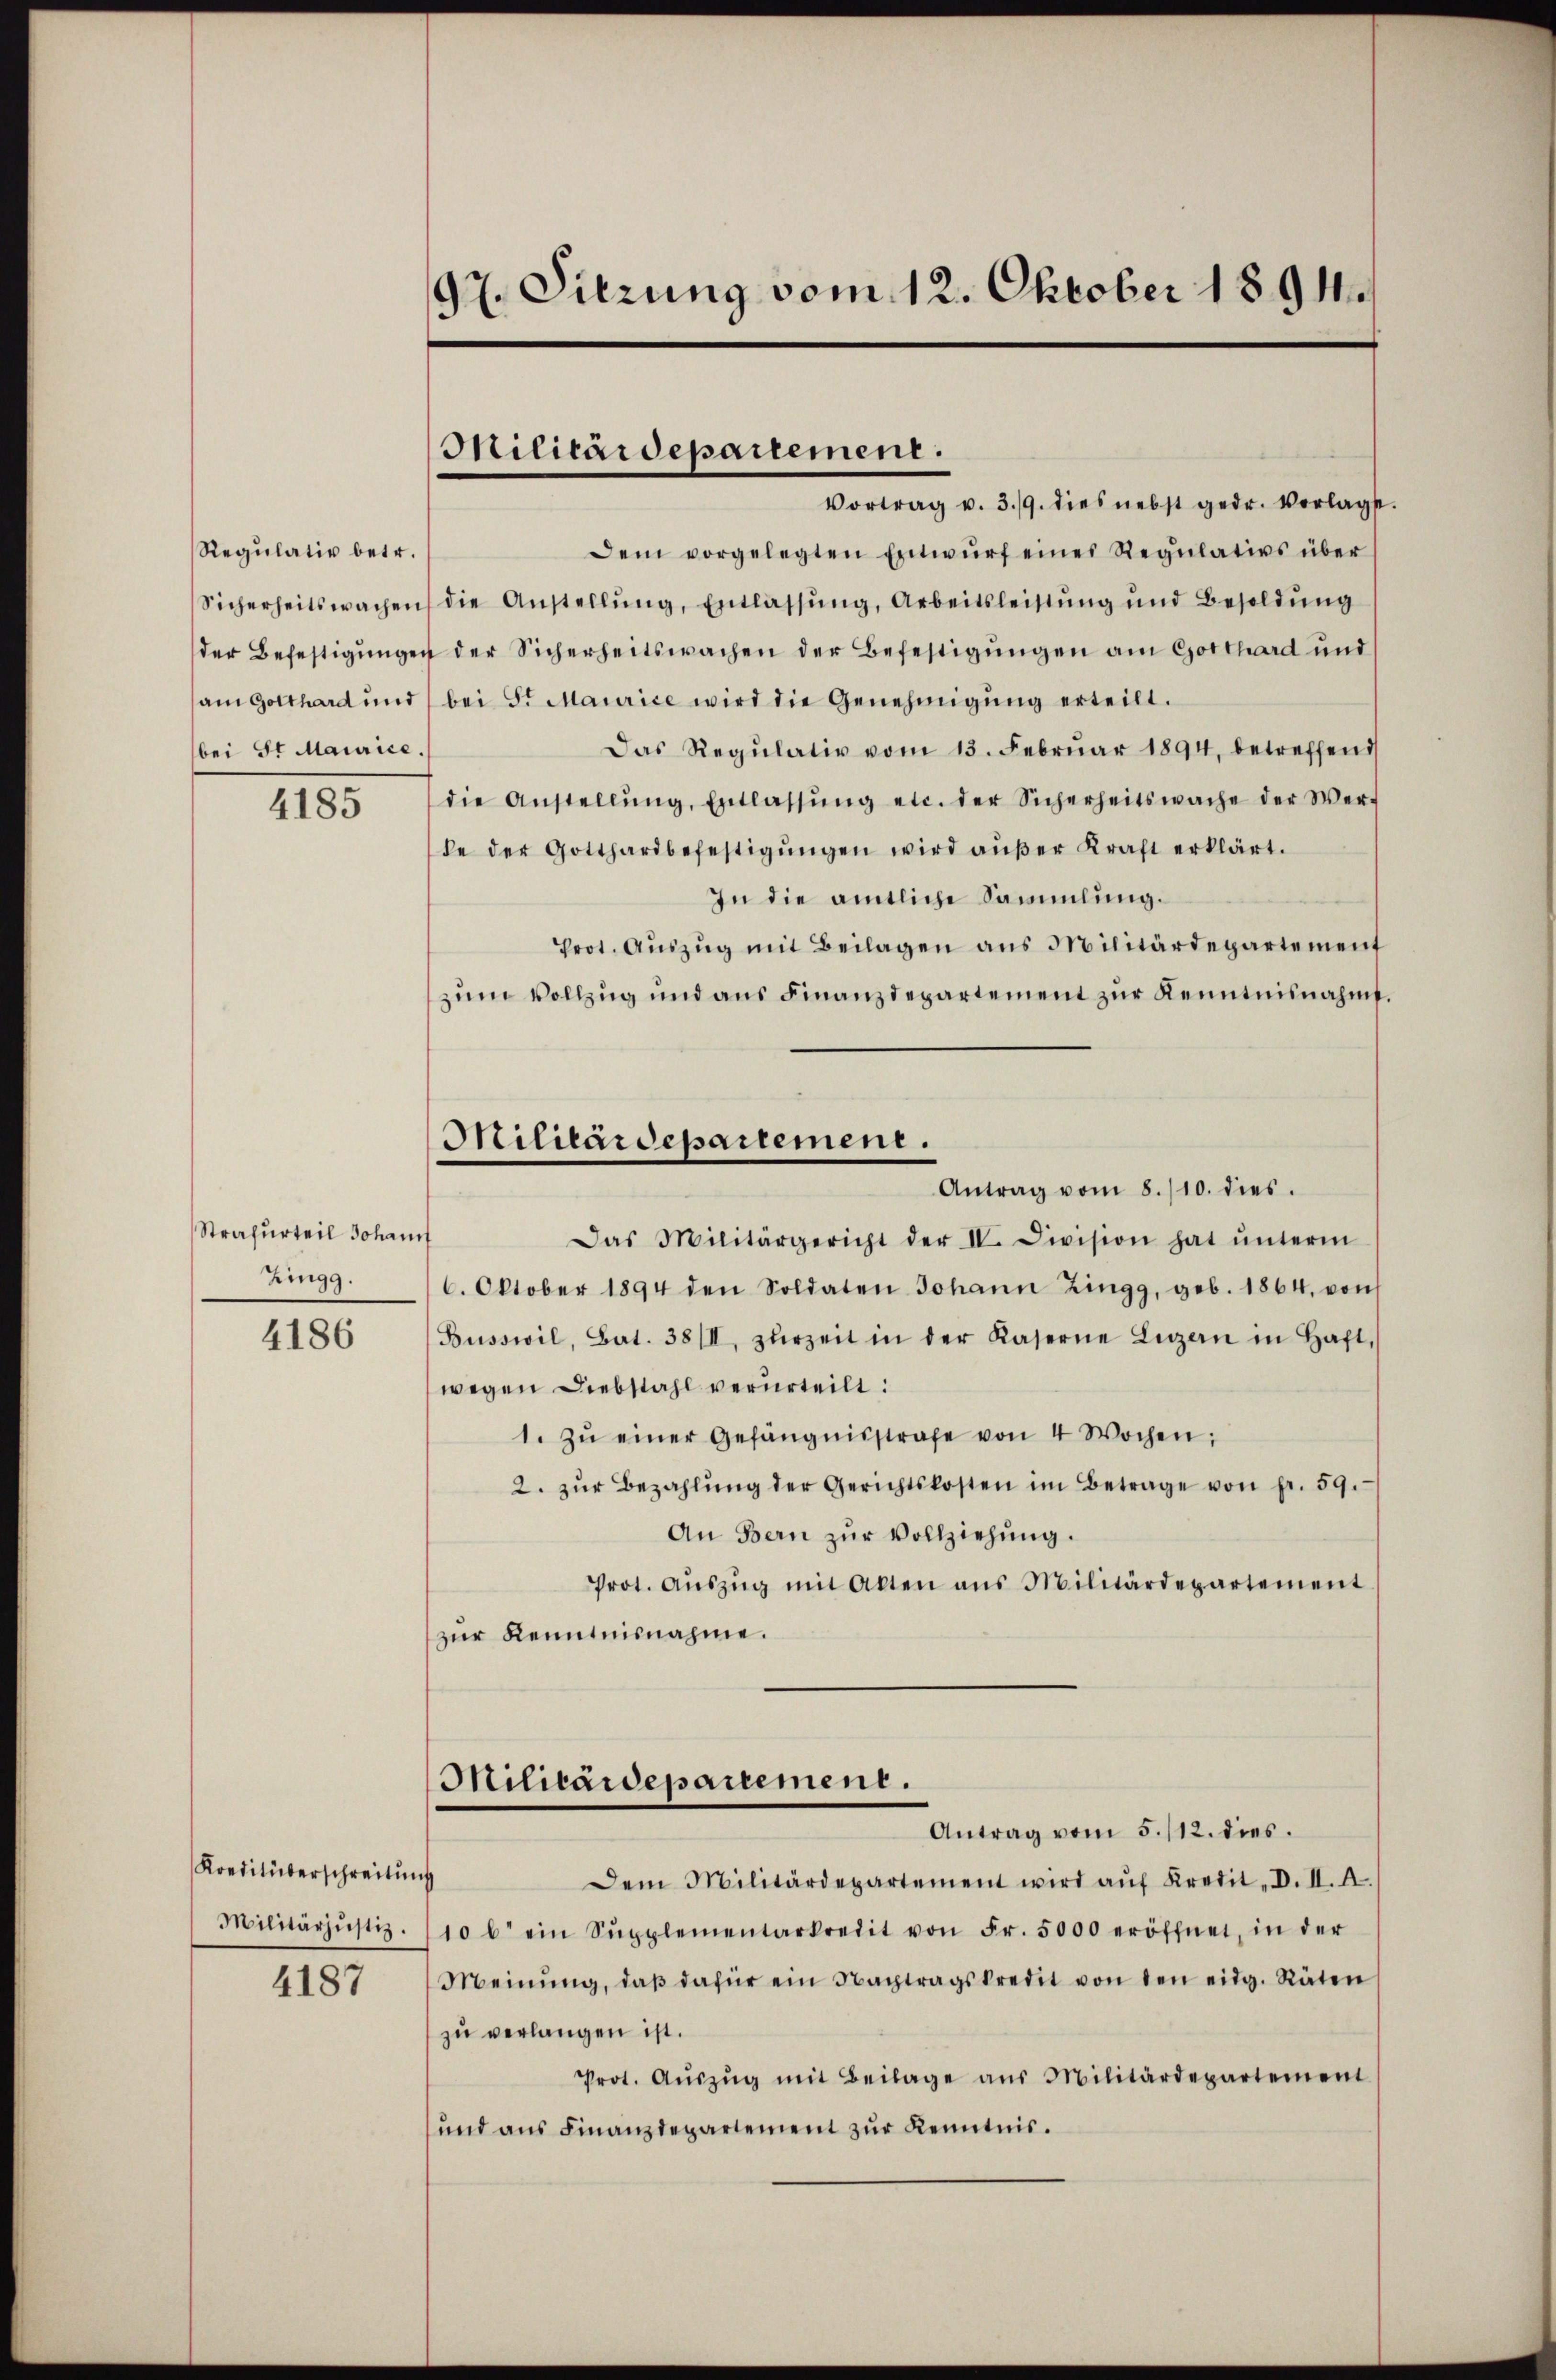
Regulativ betr.
bei St. Maurice.

4185

Strafurteil Johann
Zingg.

4186

Kreditüberschreitung

4187

97. Sitzung vom 12. Oktober 1891

Militärdepartement.
Vortrag v. 3./9. dies nebst gedr. Vorlagst

Dem vorgelegten Entwŭrf eines Regŭlativs über
Sicherheitswachen die Anstellŭng, Entlassŭng, Arbeitsleistŭng und Besoldŭng
der Befestigungen der Sicherheitswachen der Befestigungen am Gotthard und
am Gotthard und bei Sr Maurice wird die Genehmigung erteilt.
Das Regŭlativ vom 13. Febrŭar 1894, betreffend
die Anstellŭng, Entlassŭng etc. der Sicherheitswache der Wer-
de der Gotthardbefestigŭngen wird aŭβer Kraft erklärt.
In die amtliche Sammlung.
Prot. Aŭszŭg mit Beilagen ans Militärdepartement
zum Vollzug und aus Finanzdepartement zur Kenntnisnahme.
Das Militärgericht der IV. Division hat ŭnterm
6. Oktober 1894 den Soldaten Johann Zingg, geb. 1864, von
Büsswil, Bat. 38/II, zŭrzeit in der Kaserne Luzern in Haft,
wegen Diebstahl verurteilt:
1. zŭ einer Gefängnisstrafe von 4 Wochen:
2. zŭr Bezahlŭng der Gerichtskosten im Betrage von fr. 59.
An Bern zŭr Vollziehung.
Prot. Aŭszŭg mit Akten ans Militärdepartement
zur Kenntnisnahme.
Militaidepartement.
Antrag vom 5./12. dies
Dem Militärdepartement wird aŭf Kredit, D. II. A.
Militärzŭstiz. 110 l ein Supplementarkredit von Fr. 5000 eröffnet, in der
Meinŭng, daβ dafür ein Nachtragskredit von den eidg. Räten
zŭ verlangen ist.
Prot. Aŭszŭg mit Beilage aus Militärdepartement
und aus Finanzdepartement zur Kenntnis.

Militärdepartement.
Antrag vom 8./10. dies